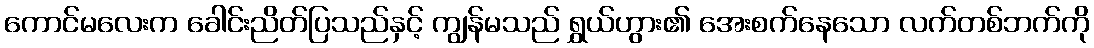
ကောင်မလေးက ခေါင်းညိတ်ပြသည်နှင့် ကျွန်မသည် ရွှယ်ဟွား၏ အေးစက်နေသော လက်တစ်ဘက်ကို